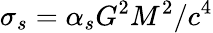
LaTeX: \sigma_{s}=\alpha_{s}G^{2}M^{2}/c^{4}